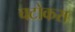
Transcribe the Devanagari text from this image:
चटोकरा